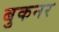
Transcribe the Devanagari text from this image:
बुकनर